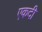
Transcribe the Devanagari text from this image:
एकदी